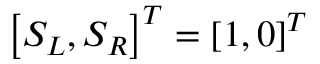
\left[ S _ { L } , S _ { R } \right] ^ { T } = \left[ 1 , 0 \right] ^ { T }